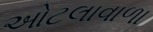
ઓટલાવાળા